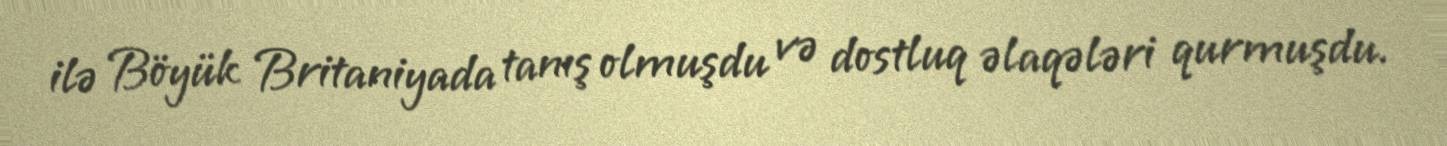
ilə Böyük Britaniyada tanış olmuşdu və dostluq əlaqələri qurmuşdu.